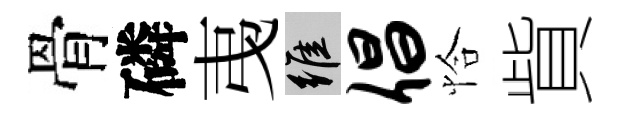
骨磷𢎯維倡恰貲